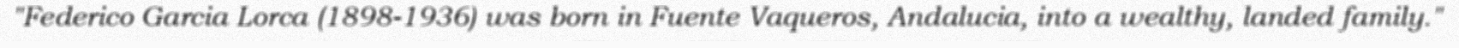
"Federico Garcia Lorca (1898-1936) was born in Fuente Vaqueros, Andalucia, into a wealthy, landed family."